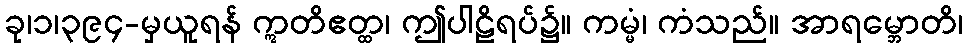
ခု၊၁၊၃၉၄-မှယူရန် ဣတိဧတ္ထ၊ ဤပါဠိရပ်၌။ ကမ္မံ၊ ကံသည်။ အာရမ္ဘောတိ၊